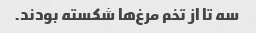
سه تا از تخم مرغ‌ها شکسته بودند.